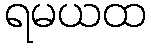
ရမယထ